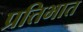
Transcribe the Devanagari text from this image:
प्रतिभात